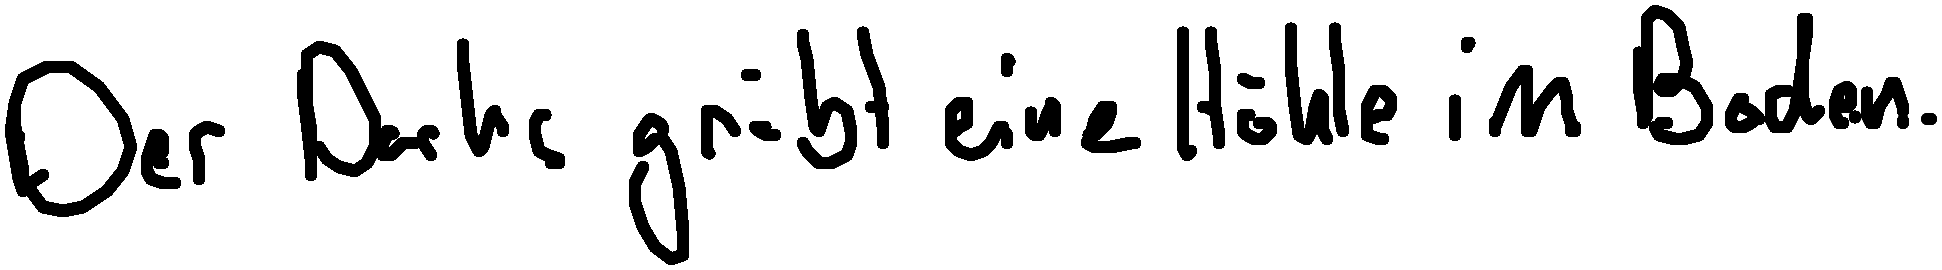
Der Dachs gräbt eine Höhle im Boden.